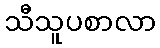
သီသူပစာလာ